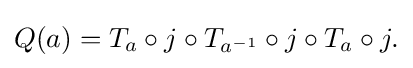
\displaystyle {Q(a)=T_{a}\circ j\circ T_{a^{-1}}\circ j\circ T_{a}\circ j.}